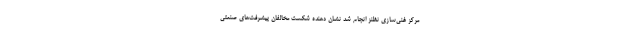
مرکز غنی‌سازی نظنز انجام شد نشان دهنده شکست مخالفان پیشرفت‌های صنعتی